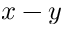
x - y